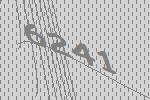
6241